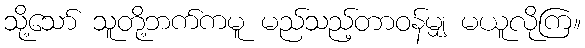
သို့သော် သူတို့ဘက်ကမူ မည်သည့်တာဝန်မျှ မယူလိုကြ။